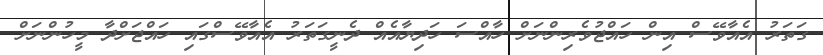
ގަތަރު އެއާވޭސް އިން ހައްޖުވެރިންނަށް ހާއްސަ ހަދިޔާއެއް ދެނީގަތަރު އެއާވޭސްގައި ހައްޖަށްދާ މީހުންނަށް